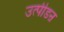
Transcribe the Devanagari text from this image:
उत्पीडऩ